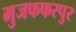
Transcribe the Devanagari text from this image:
मुजफफरपुर